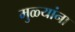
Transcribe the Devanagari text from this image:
मुळ्यांना